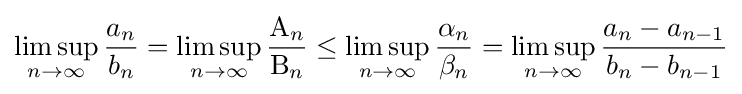
\limsup _{n\to \infty }{\frac {a_{n}}{b_{n}}}=\limsup _{n\to \infty }{\frac {\mathrm {A} _{n}}{\mathrm {B} _{n}}}\leq \limsup _{n\to \infty }{\frac {\alpha _{n}}{\beta _{n}}}=\limsup _{n\to \infty }{\frac {a_{n}-a_{n-1}}{b_{n}-b_{n-1}}}